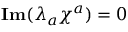
{ \bf I m } ( \lambda _ { a } \chi ^ { a } ) = 0